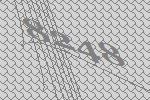
8248